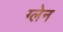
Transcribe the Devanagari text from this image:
ग्‍लेन